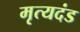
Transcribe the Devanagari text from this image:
मृत्यदंड